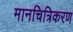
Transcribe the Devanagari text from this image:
मानचित्रिकरण